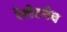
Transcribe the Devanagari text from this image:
रेशेटनेव